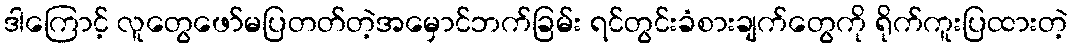
ဒါကြောင့် လူတွေဖော်မပြတတ်တဲ့အမှောင်ဘက်ခြမ်း ရင်တွင်းခံစားချက်တွေကို ရိုက်ကူးပြထားတဲ့